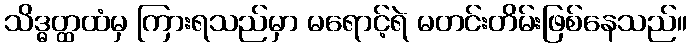
သိဒ္ဓတ္ထထံမှ ကြားရသည်မှာ မရောင့်ရဲ မတင်းတိမ်းဖြစ်နေသည်။